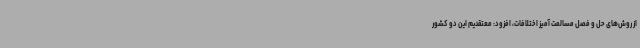
از روش‌های حل و فصل مسالمت آمیز اختلافات، افزود: معتقدیم این دو کشور